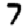
Digit: 7